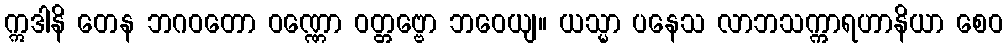
ဣဒါနိ တေန ဘဂဝတော ဝဏ္ဏော ဝတ္တဗ္ဗော ဘဝေယျ။ ယသ္မာ ပနေသ လာဘသက္ကာရဟာနိယာ စေဝ